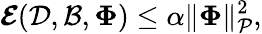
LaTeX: \boldsymbol{\mathcal{E}}(\mathcal{D},\mathcal{B},\boldsymbol{\Phi})\leq\alpha\| \boldsymbol{\Phi}\| _{\mathcal{P}}^{2},